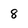
Character: 8